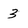
Character: 3